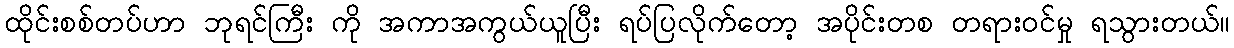
ထိုင်းစစ်တပ်ဟာ ဘုရင်ကြီး ကို အကာအကွယ်ယူပြီး ရပ်ပြလိုက်တော့ အပိုင်းတစ တရားဝင်မှု ရသွားတယ်။